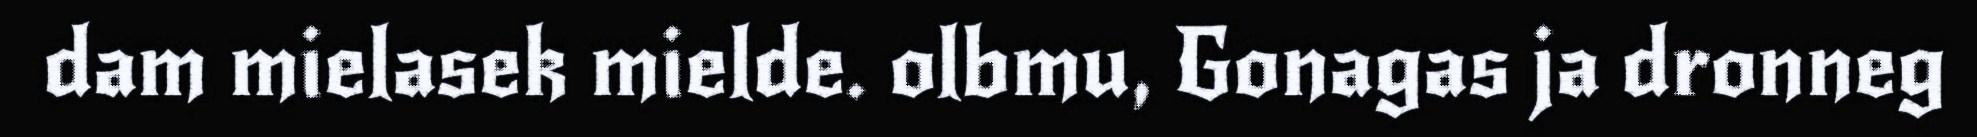
dam mielasek mielde. olbmu, Gonagas ja dronneg